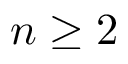
n \geq 2